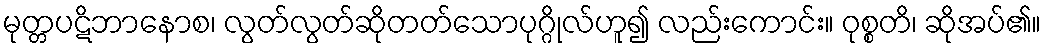
မုတ္တပဋိဘာနောစ၊ လွတ်လွတ်ဆိုတတ်သောပုဂ္ဂိုလ်ဟူ၍ လည်းကောင်း။ ဝုစ္စတိ၊ ဆိုအပ်၏။